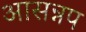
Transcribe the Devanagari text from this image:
आसन्नप